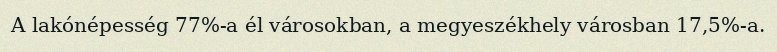
A lakónépesség 77%-a él városokban, a megyeszékhely városban 17,5%-a.